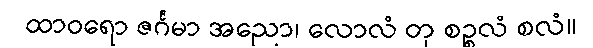
ထာဝရော ဇင်္ဂမာ အညော၊ လောလံ တု စဉ္စလံ စလံ။